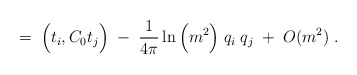
\begin{align*}= \;\Big(t_i,C_0 t_j \Big) \; - \;\frac{1}{4\pi} \ln\Big(m^2 \Big) \; q_i \; q_j \; + \; O(m^2)\; .\end{align*}